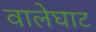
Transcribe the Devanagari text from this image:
वालेघाट